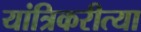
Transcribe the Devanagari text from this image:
यांत्रिकरीत्या